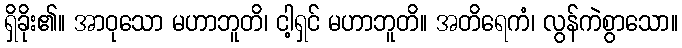
ရှိခိုး၏။ အာဝုသော မဟာဘူတိ၊ ငါ့ရှင် မဟာဘူတိ။ အတိရေကံ၊ လွန်ကဲစွာသော။